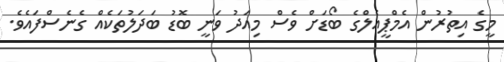
މީގެ އިތުރުން އެމްޕީއެލްގެ ބޯޑަށް ވެސް މިއަދު ވަނީ ބޮޑު ބަދަލުތަކެއް ގެނެސްފައެވެ.